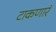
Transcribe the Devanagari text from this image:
टाकणारं